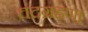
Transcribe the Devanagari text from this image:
चंद्रग्रहण।